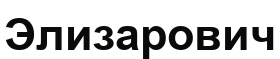
Элизарович